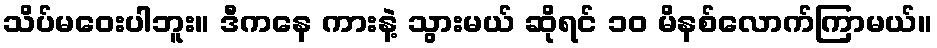
သိပ်မဝေးပါဘူး။ ဒီကနေ ကားနဲ့ သွားမယ် ဆိုရင် ၁၀ မိနစ်လောက်ကြာမယ်။